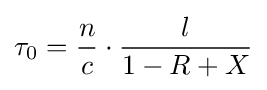
\tau _{0}={\frac {n}{c}}\cdot {\frac {l}{1-R+X}}